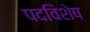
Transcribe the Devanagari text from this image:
पदविशेष